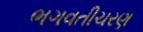
ભગવતીચરણ